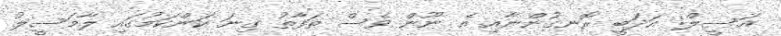
އަސީލް: އަދަބީ ރޮނގުންނާއި އެ ނޫން ވެސް ތަފާތު ގިނަ ކަންކަމުގައި ލާމަސީލު